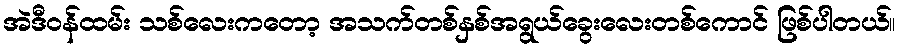
အဲဒီဝန်ထမ်း သစ်လေးကတော့ အသက်တစ်နှစ်အရွယ်ခွေးလေးတစ်ကောင် ဖြစ်ပါတယ်။